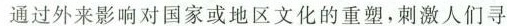
通过外来影响对国家或地区文化的重塑，刺激人们寻